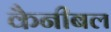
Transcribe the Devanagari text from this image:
कैनीबल